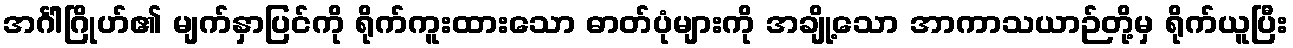
အင်္ဂါဂြိုဟ်၏ မျက်နှာပြင်ကို ရိုက်ကူးထားသော ဓာတ်ပုံများကို အချို့သော အာကာသယာဉ်တို့မှ ရိုက်ယူပြီး